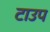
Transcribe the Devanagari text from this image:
टाउप